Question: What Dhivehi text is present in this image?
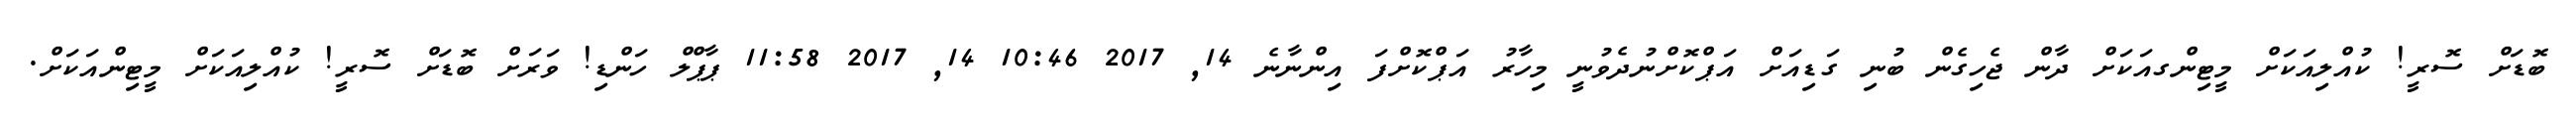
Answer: ބޮޑަށް ސޮރީ! ކުއްލިއަކަށް މީޓިންގއަކަށް ދާން ޖެހިގެން ބުނި ގަޑިއަށް އަޕްކޮށްނުދެވުނީ މިހާރު އަޕްކޮށްފަ އިންނާނެ 14, 2017 10:46 14, 2017 11:58 ޕާޕްލް ހަންޑި! ވަރަށް ބޮޑަށް ސޮރީ! ކުއްލިއަކަށް މީޓިންއަކަށް.